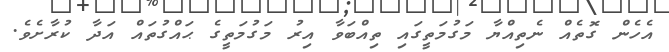
އެހެން ގޮތެއް ނެތިއްޔާ މަގުމަތީގައި ތިއްބަވާ އިރު މަގުމަތީގެ ޙައްގުތައް އަދާ ކުރާށެވެ.